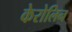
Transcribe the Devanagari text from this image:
केरोलिन